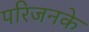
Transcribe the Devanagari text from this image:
परिजनके